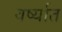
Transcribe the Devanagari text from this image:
वर्ष्यात